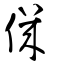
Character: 僟